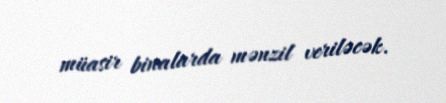
müasir binalarda mənzil veriləcək.